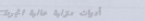
أدوات منزلية عالية الجودة